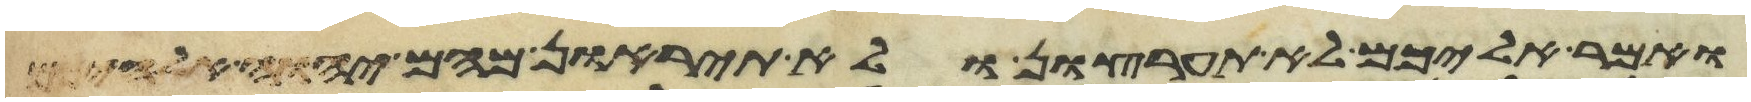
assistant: ואמר אליכם לא תערצון ולא תיראון מהם יהוה אלהיכם